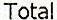
TOTAL